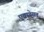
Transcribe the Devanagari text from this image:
एक्स्प्रेसव